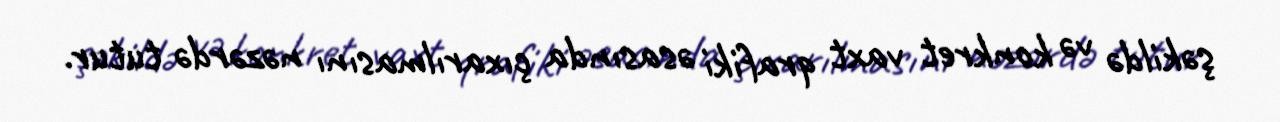
şəkildə və konkret vaxt qrafiki əsasında çıxarılmasını nəzərdə tutur.